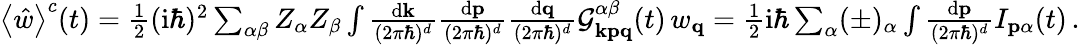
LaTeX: \begin{array}{r}{\left\langle\hat{w}\right\rangle^{c}(t)=\frac{1}{2}(\mathrm{i}\hbar)^{2}\sum_{\alpha\beta}Z_{\alpha}Z_{\beta}\int\frac{\mathrm{d}\mathbf{k}}{(2\pi\hbar)^{d}}\frac{\mathrm{d}\mathbf{p}}{(2\pi\hbar)^{d}}\frac{\mathrm{d}\mathbf{q}}{(2\pi\hbar)^{d}}\mathcal{G}_{\mathbf{kpq}}^{\alpha\beta}(t)\, w_{\mathbf{q}}=\frac{1}{2}\mathrm{i}\hbar\sum_{\alpha}(\pm)_{\alpha}\int\frac{\mathrm{d}\mathbf{p}}{(2\pi\hbar)^{d}}I_{\mathbf{p}\alpha}(t)\, .}\end{array}